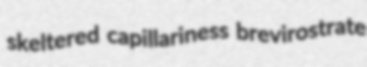
skeltered capillariness brevirostrate